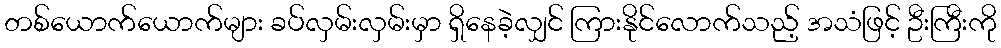
တစ်ယောက်ယောက်များ ခပ်လှမ်းလှမ်းမှာ ရှိနေခဲ့လျှင် ကြားနိုင်လောက်သည့် အသံဖြင့် ဦးကြီးကို